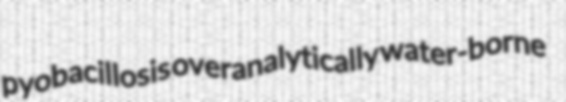
pyobacillosis overanalytically water-borne